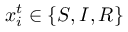
x _ { i } ^ { t } \in \{ S , I , R \}